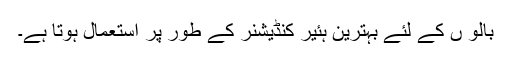
بالو ں کے لئے بہترین ہئیر کنڈیشنر کے طور پر استعمال ہوتا ہے۔